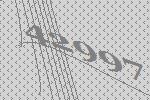
42997